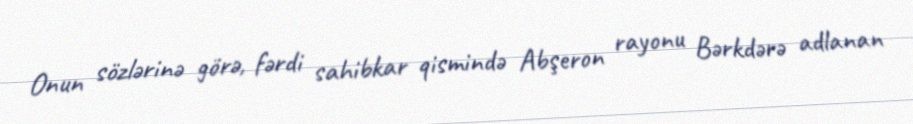
Onun sözlərinə görə, fərdi sahibkar qismində Abşeron rayonu Bərkdərə adlanan